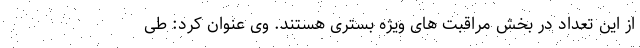
از این تعداد در بخش مراقبت های ویژه بستری هستند. وی عنوان کرد: طی